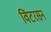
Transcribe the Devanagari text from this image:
विंटरसन